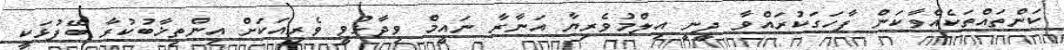
ކަންތައްތަކެއްވާކަން ފާހަގަކުރައްވާ ދީނީ އިލްމުވެރިޔާ އަނާރާ ނައީމް ވިދާޅުވީ ވެރިއަކަށް އިންތިޚާބުކުރާ ބޭފުޅަކީ